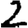
Digit: 2